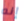
إنه